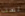
لست